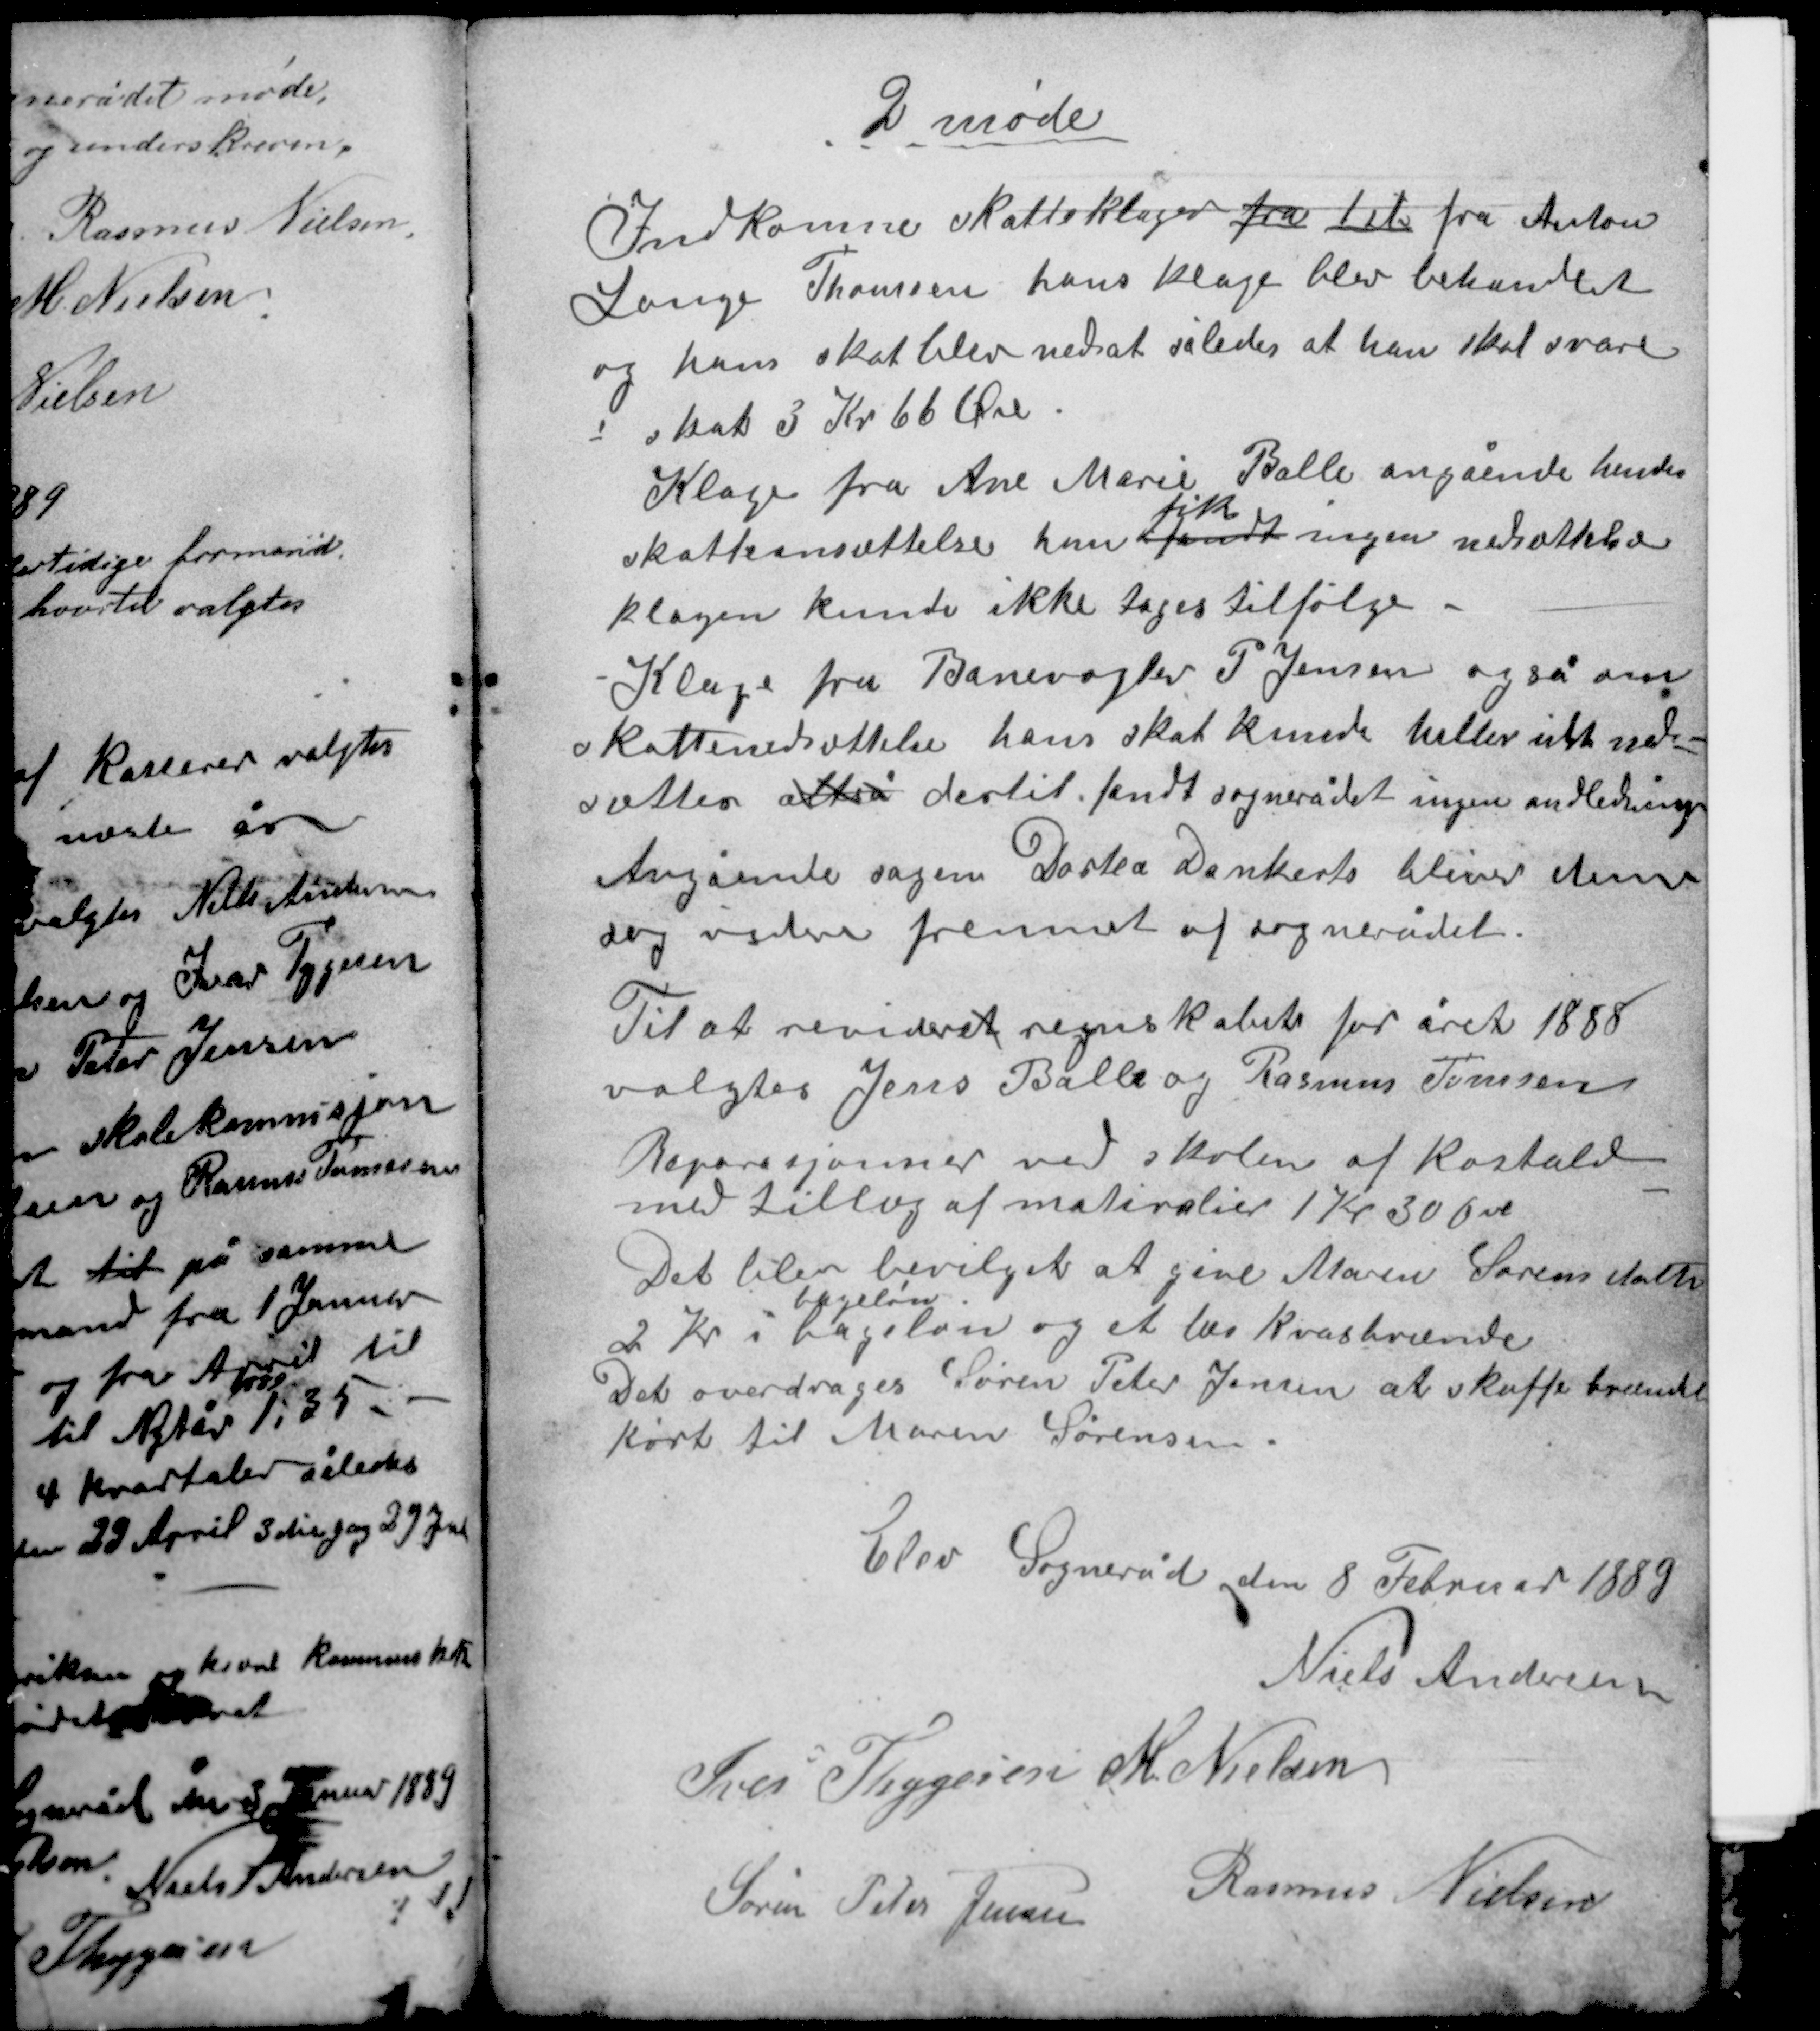
Transskription:
2 møde

Indkomne skatteklager fra 1ste fra Anton
Lange Thomsen hans klage blev behandlet
og hans skat blev nedsat således at han skal svare
i skat 3 Kr 66 Øre.

Klage fra Ane Marie Balle angående hendes
fik
skatteansættelse hun fandt ingen nedsættelse
klagen kunde ikke tages til følge.
Klage fra Banevogter P. Jensen også om
skatteansættelse hans skat kunde heller ikke ned-
sættes altså  dertil fandt sognerådet ingen anledning
Angående sagen Dortea Dankels bliver denne
sag vist fremsat af sognerådet.

Til at revideret regnskabet for året 1888
valgtes Jens Balle og Rasmus Tomsen
Reparasjoner ved skolen af kostald
med tillæg af matiralier 1 Kr 30 Øre
Det blev bevilget at give Maren Sørensdatter
bageløn
2 Kr i bageløn og et læs kvasbrænde
Det overdrages Søren Peter Jensen at skaffe brænde
kørt til Maren Sørensen

Elev Sogneråd den 8 Februar 1889
Niels Andersen
Iver Thygesen M. Nielsen
Rasmus Nielsen
Søren Peter Jensen